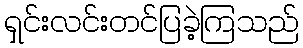
ရှင်းလင်းတင်ပြခဲ့ကြသည်